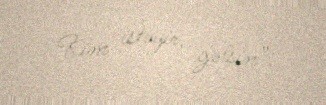
Kim istəyir, gəlsin”.